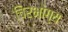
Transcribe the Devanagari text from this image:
चिरभोग्य